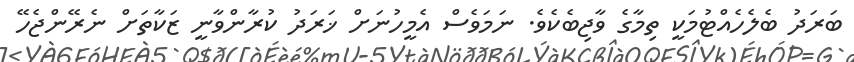
ބަރަދު ބެލެހެއްޓުމަކީ ތިމާގެ ވާޖިބެކެވެ. ނަމަވެސް އެމީހުނަށް ޚަރަދު ކުރާންވާނީ ޒަކާތަށް ނެރޭންޖެހޭ